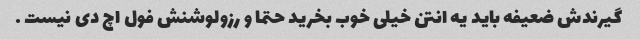
گیرندش ضعیفه باید یه انتن خیلی خوب بخرید حتما و رزولوشنش فول اچ دی نیست .